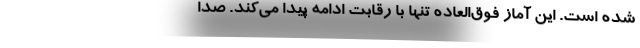
شده است. این آماز فوق‌العاده تنها با رقابت ادامه پیدا می‌کند. صدا